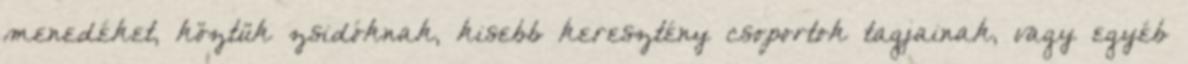
menedéket, köztük zsidóknak, kisebb keresztény csoportok tagjainak, vagy egyéb